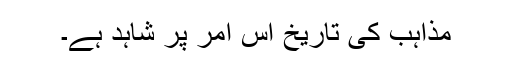
مذاہب کی تاریخ اس امر پر شاہد ہے۔